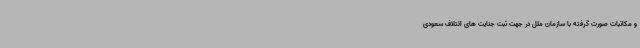
و مکاتبات صورت گرفته با سازمان ملل در جهت ثبت جنایت های ائتلاف سعودی